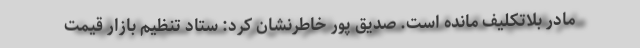
مادر بلاتکلیف مانده است. صدیق پور خاطرنشان کرد: ستاد تنظیم بازار قیمت